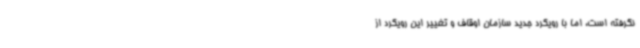
نگرفته است، اما با رویکرد جدید سازمان اوقاف و تغییر این رویکرد از